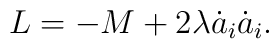
L = -M + 2\lambda \dot{a}_i\dot{a}_i.